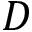
D